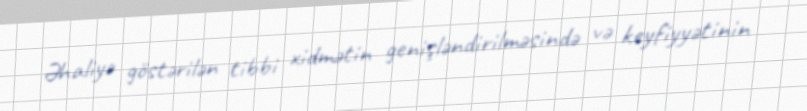
Əhaliyə göstərilən tibbi xidmətin genişləndirilməsində və keyfiyyətinin